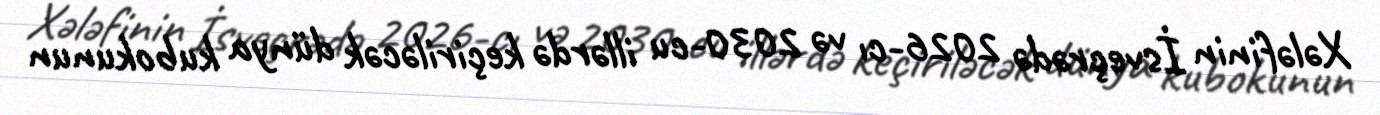
Xələfinin İsveçrədə 2026-cı və 2030-cu illərdə keçiriləcək dünya kubokunun